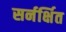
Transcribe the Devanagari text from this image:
सर्नर्क्षित